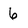
Character: 6